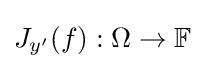
J_{y^{\prime }}(f):\Omega \to \mathbb {F}